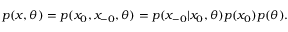
\begin{array} { r } { p ( x , \theta ) = p ( x _ { 0 } , x _ { - 0 } , \theta ) = p ( x _ { - 0 } | x _ { 0 } , \theta ) p ( x _ { 0 } ) p ( \theta ) . } \end{array}